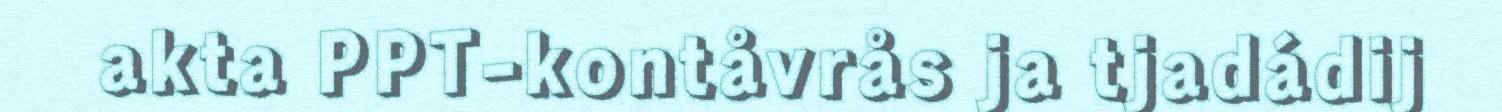
akta PPT-kontåvrås ja tjadádij